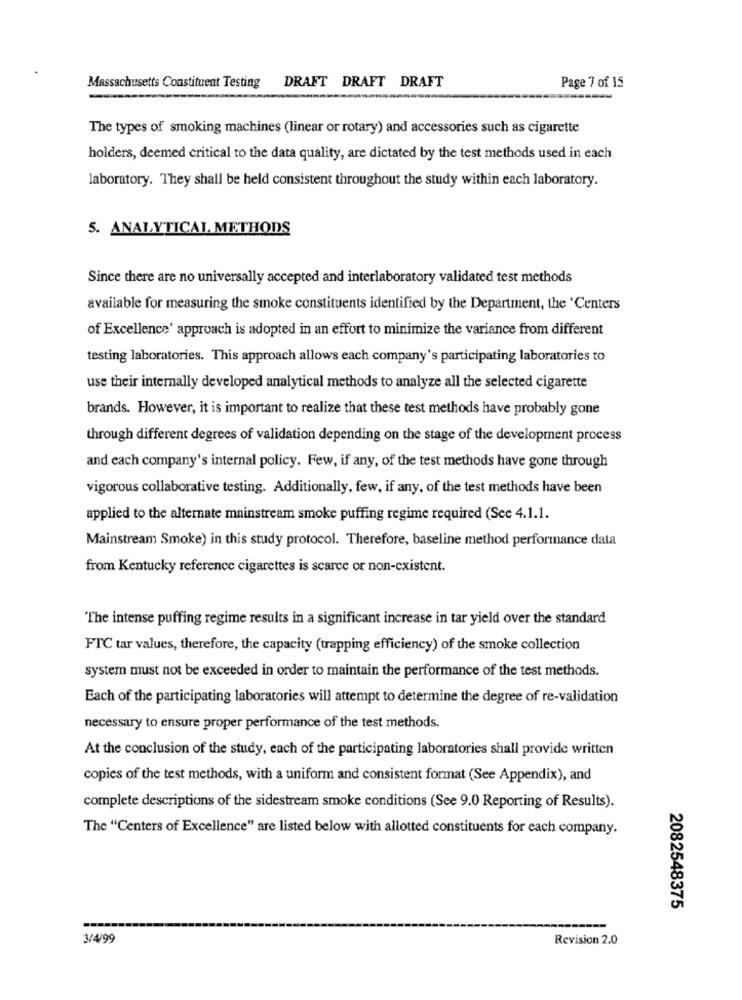
Massachusetts Constituent Testing DRAFT DRAFT DRAFT
Page 7 of 15
-----
The types of smoking machines (linear or rotary) and accessories such as cigarette
holders, deemed critical to the data quality, are dictated by the test methods used in each
laboratory. They shall be held consistent throughout the study within each laboratory.
5. ANALYTICAL METHODS
Since there are no universally accepted and interlaboratory validated test methods
available for measuring the smoke constituents identified by the Department, the 'Centers
of Excellence' approach is adopted in an effort to minimize the variance from different
testing laboratories. This approach allows each company's participating laboratories to
use their internally developed analytical methods to analyze all the selected cigarette
brands. However, it is important to realize that these test methods have probably gone
through different degrees of validation depending on the stage of the development process
and each company's internal policy. Few, if any, of the test methods have gone through
vigorous collaborative testing. Additionally, few, if any, of the test methods have been
applied to the alternate mainstream smoke puffing regime required (See 4.1.1.
Mainstream Smoke) in this study protocol. Therefore, baseline method performance data
from Kentucky reference cigarettes is scarce or non-existent.
The intense puffing regime results in a significant increase in tar yield over the standard
FTC tar values, therefore, the capacity (trapping efficiency) of the smoke collection
system must not be exceeded in order to maintain the performance of the test methods.
Each of the participating laboratories will attempt to determine the degree of re-validation
necessary to ensure proper performance of the test methods.
At the conclusion of the study, each of the participating laboratories shall provide written
copies of the test methods, with a uniform and consistent format (See Appendix), and
complete descriptions of the sidestream smoke conditions (See 9.0 Reporting of Results).
The "Centers of Excellence" are listed below with allotted constituents for each company.
2082548375
----
3/4/99
Revision 2.0